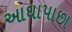
આઘાપાછા